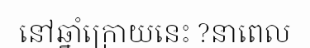
នៅឆ្នាំក្រោយនេះ ?នាពេល